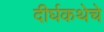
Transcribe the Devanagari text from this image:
दीर्घकथेचे